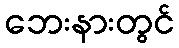
ဘေးနားတွင်